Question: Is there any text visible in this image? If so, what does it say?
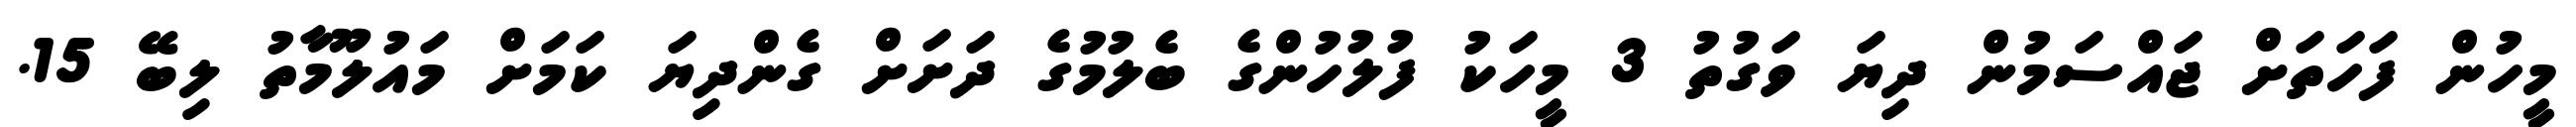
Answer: މީހުން ފަހަތަށް ޖައްސަމުން ދިޔަ ވަގުތު 3 މީހަކު ފުލުހުންގެ ބެލުމުގެ ދަށަށް ގެންދިޔަ ކަމަށް މައުލޫމާތު ލިބޭ 15.